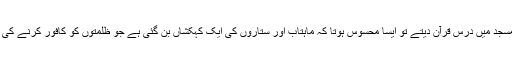
جب وہ اپنے شاگردوں کے جھرمٹ میں مسجد میں درس قرآن دیتے تو ایسا محسوس ہوتا کہ ماہتاب اور ستاروں کی ایک کہکشاں بن گئی ہے جو ظلمتوں کو کافور کرنے کی سعی میں انہماک سے مصروف عمل ہے۔